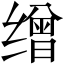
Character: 缯